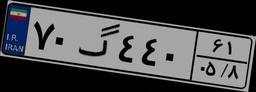
۴۲گ۱۳۶۸۱